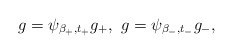
\begin{align*} g= \psi_{\beta_+,t_+} g_+, \, \, g=\psi_{\beta_-,t_-} g_-, \end{align*}